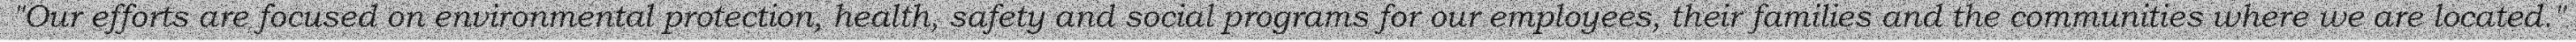
"Our efforts are focused on environmental protection, health, safety and social programs for our employees, their families and the communities where we are located."